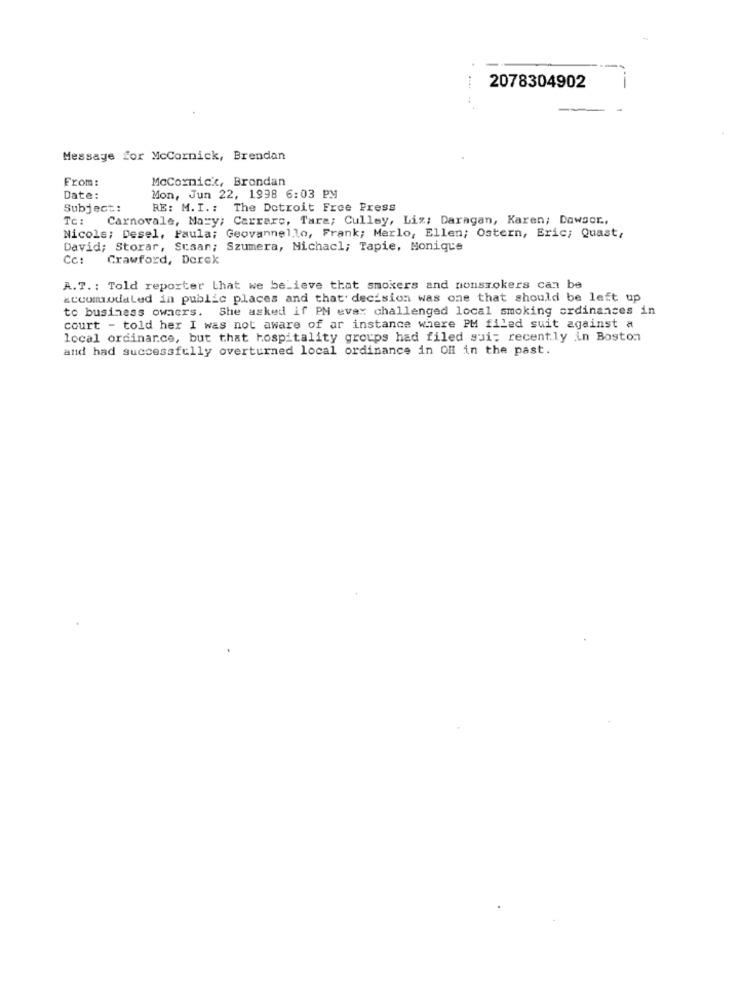
2078304902
Message for McCormick, Brendan
From:
MoCornick, Brondan
Date:
Mon, Jun 22, 1998 6:03 PM
Subject:
RE: M. I. : The Detroit Free Press
Tc:
Carnovale, Mary; Carrare, Tara; Culley, Liz; Daragan, Karen; Dowsor .,
Nicole; Desel, Paula; Geovannello, Frank; Merlo, Ellen; Ostern, Eric; Quast,
David; Storar, Susan; Szumera, Michacl; Tapie, Monique
Cc:
Crawford, Derek
A.T. : Told reporter that we believe that smokers and nonsmokers can be
accomodaLed in public places and that decision was one that should be left up
to business owners. She asked if PM evax challenged local smoking ordinances in
court - told her I was not aware of ar instance where PM filed suit against a
local ordinance, but that hospitality groups had filed sui: recently in Boston
and had successfully overturned local ordinance in OH in the past.